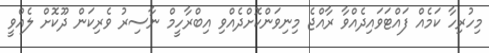
މިހުރިހާ ކަމެއް ފައްޓަވައިދެއްވާ ރާއްޖެ މިނިވަންކޮށްދެއްވި އިބްރާހީމް ނާސިރު ވެރިކަން ދޫކޮށް ލެއްވީ